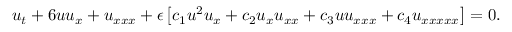
u _ { t } + 6 u u _ { x } + u _ { x x x } + \epsilon \left[ c _ { 1 } u ^ { 2 } u _ { x } + c _ { 2 } u _ { x } u _ { x x } + c _ { 3 } u u _ { x x x } + c _ { 4 } u _ { x x x x x } \right] = 0 .